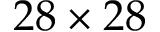
2 8 \times 2 8